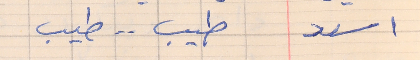
اسعد      طيب . . طيب